Indian journal of veterinary science and animal husbandry - Volume 5,
Year: 1935
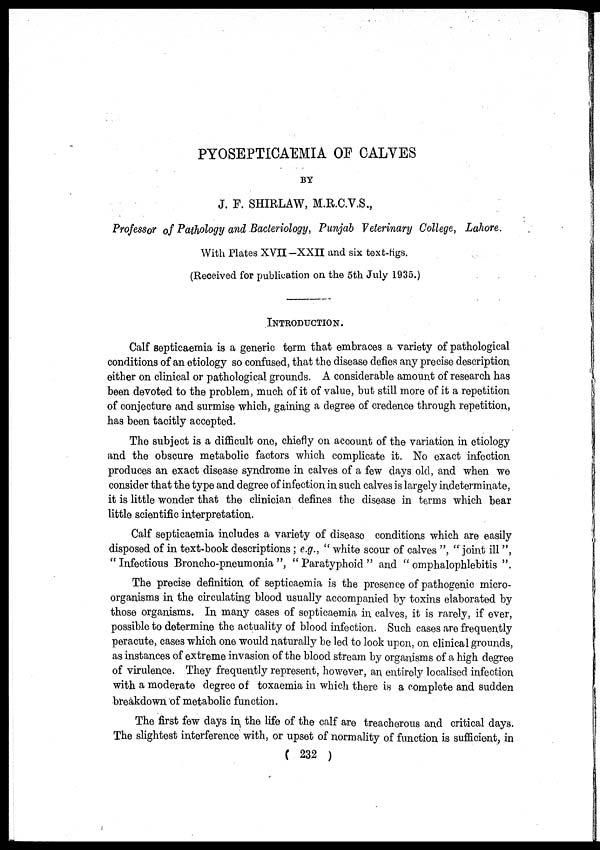
PYOSEPTICAEMIA OF CALVES
BY
J. F. SHIRLAW, M.R.C.V.S.,
Professor of Pathology and Bacteriology, Punjab Veterinary College, Lahore.
With Plates XVII-XXII and six text-figs.
(Received for publication on the 5th July 1935.)
INTRODUCTION.
Calf septicaemia is a generic term that embraces a variety of pathological
conditions of an etiology so confused, that the disease defies any precise description
either on clinical or pathological grounds. A considerable amount of research has
been devoted to the problem, much of it of value, but still more of it a repetition
of conjecture and surmise which, gaining a degree of credence through repetition,
has been tacitly accepted.
The subject is a difficult one, chiefly on account of the variation in etiology
and the obscure metabolic factors which complicate it. No exact infection
produces an exact disease syndrome in calves of a few days old, and when we
consider that the type and degree of infection in such calves is largely indeterminate,
it is little wonder that the clinician defines the disease in terms which bear
little scientific interpretation.
Calf septicaemia includes a variety of disease conditions which are easily
disposed of in text-book descriptions ; e.g., " white scour of calves ", "joint ill ",
" Infectious Broncho-pneumonia ", " Paratyphoid " and " omphalophlebitis ".
The precise definition of septicaemia is the presence of pathogenic micro-
organisms in the circulating blood usually accompanied by toxins elaborated by
those organisms. In many cases of septicaemia in, calves, it is rarely, if ever,
possible to determine the actuality of blood infection. Such cases are frequently
peracute, cases which one would naturally be led to look upon, on clinical grounds,
as instances of extreme invasion of the blood stream by organisms of a high degree
of virulence. They frequently represent, however, an entirely localised infection
with a moderate degree of toxaemia in which there is a complete and sudden
breakdown of metabolic function.
The first few days in the life of the calf are treacherous and critical days.
The slightest interference with, or upset of normality of function is sufficient, in
( 232 )